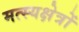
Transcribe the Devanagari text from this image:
मत्स्यक्षेत्रों